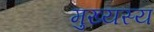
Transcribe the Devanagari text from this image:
मुख्यस्य